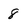
Character: 8